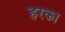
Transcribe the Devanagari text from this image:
हरका